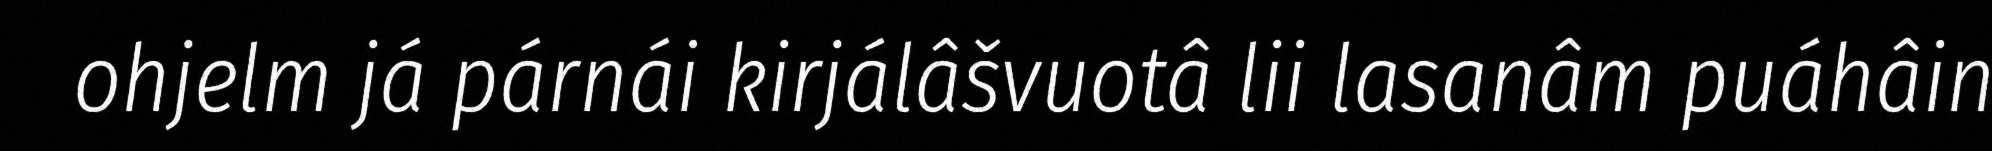
ohjelm já párnái kirjálâšvuotâ lii lasanâm puáhâin